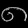
Digit: ၈